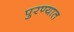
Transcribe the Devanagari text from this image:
पुरण्यात